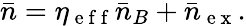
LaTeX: \bar{n}=\eta_{\mathrm{~e~f~f~}}\bar{n}_{B}+\bar{n}_{\mathrm{~e~x~}}.